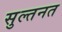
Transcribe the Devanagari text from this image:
सुल्तनत